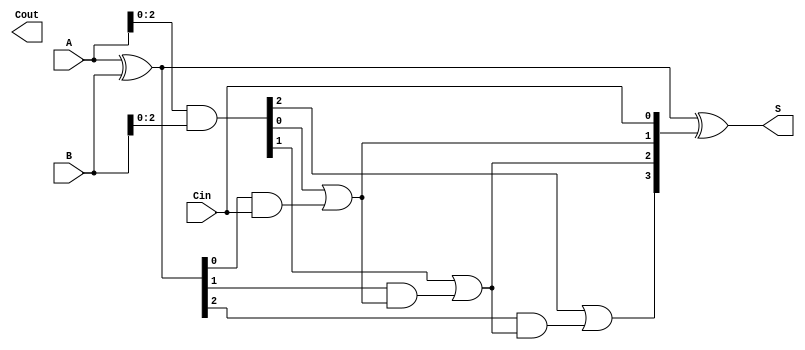
module CarryLookaheadAdder #(parameter n = 4) (
    input  [n-1:0] A,     // First n-bit input
    input  [n-1:0] B,     // Second n-bit input
    input          Cin,    // Carry input
    output [n-1:0] S,      // n-bit sum output
    output         Cout    // Carry output
);

    // Generate (G) and Propagate (P) signals
    wire [n-1:0] G;  // Generate signals
    wire [n-1:0] P;  // Propagate signals
    wire [n:0] C;    // Carry signals (C[0] = Cin, C[n] = Cout)

    // Generate and Propagate Logic
    assign G = A & B;           // Gi = Ai AND Bi
    assign P = A ^ B;           // Pi = Ai XOR Bi

    // Carry Calculation
    assign C[0] = Cin;          // C0 = Cin
    genvar i;
    
    generate
        for (i = 0; i < n-1; i = i + 1) begin : carry_logic
            assign C[i + 1] = G[i] | (P[i] & C[i]); // Ci = Gi OR (Pi AND Ci-1)
        end
    endgenerate

    // Sum Calculation
    assign S = A ^ B ^ C[n-1:0]; // Si = Ai XOR Bi XOR Ci

    // Carry Output
    assign Cout = C[n];         // Cout is the final carry

endmodule